Annual administration and progress report of the Indian Medical Department, Bombay
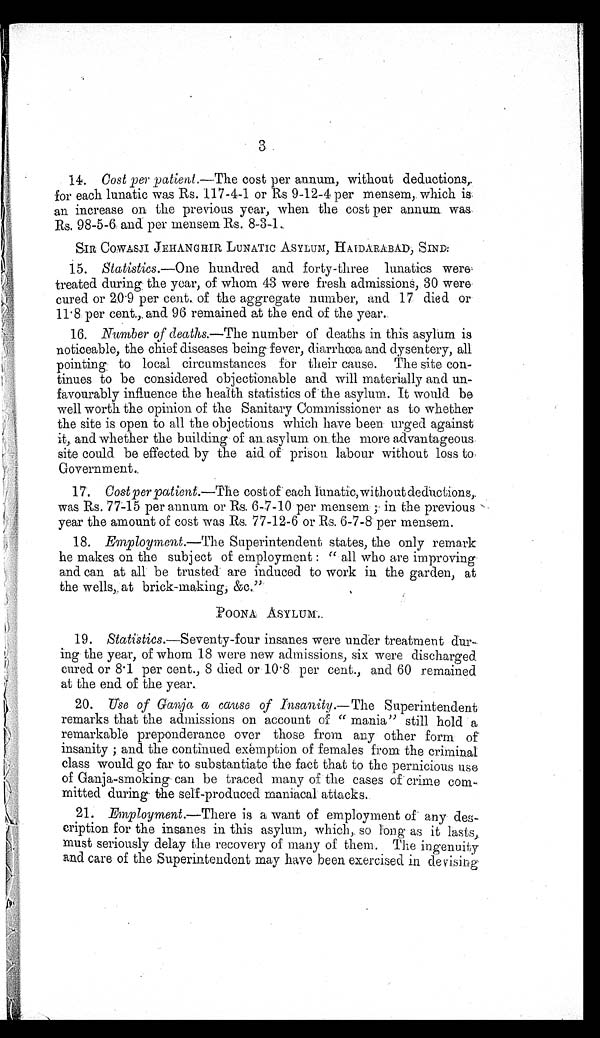
3
14. Cost per patient.—The cost per annum, without deductions,
for each lunatic was Rs. 117-4-1 or Rs 9-12-4 per mensem, which is
an increase on the previous year, when the cost per annum was
Rs. 98-5-6 and per mensem Rs. 8-3-1.
SIR COWASJI JEHANGHIR LUNATIC ASYLUM, HAIDARABAD, SIND:
15. Statistics.—One hundred and forty-three lunatics were
treated during the year, of whom 43 were fresh admissions, 30 were
cured or 20.9 per cent. of the aggregate number, and 17 died or
11.8 per cent, and 96 remained at the end of the year.
16. Number of deaths.—The number of deaths in this asylum is
noticeable, the chief diseases being fever, diarrhœa and dysentery, all
pointing to local circumstances for their cause. The site con
-tinues to be considered objectionable and will materially and un
- f a v o u r a b l y i n f l u e n c e t h e h e a l t h s t a t i s t i c s o f t h e a s y l u m . I t w o u l d b e
well worth the opinion of the Sanitary Commissioner as to whether
the site is open to all the objections which have been urged against
it, and whether the building of an asylum on the more advantageous
site could be effected by the aid of prison labour without loss to
Government.
17. Cost per patient.—The cost of each lunatic, without deductions,
was Rs. 77-15 per annum or Rs. 6-7-10 per mensem ; in the previous
year the amount of cost was Rs. 77-12-6 or Rs. 6-7-8 per mensem.
18. Employment.—The Superintendent states, the only remark
he makes on the subject of employment : " all who are improving
and can at all be trusted are induced to work in the garden, at
the wells, at brick-making, &c."
POONA ASYLUM.
19. St at i st i cs. —Seventy-four insanes were under treatment dur
- i n g t h e y e a r , o f w h o m 1 8 w e r e n e w a d m i s s i o n s , s i x w e r e d i s c h a r g e d
cured or 8.1 per cent., 8 died or 10.8 per cent., and 60 remained
at the end of the year.
20. Use of Ganja a cause of Insanity.— The Superintendent
remarks that the admissions on account of " mania" still hold a
remarkable preponderance over those from any other form of
insanity ; and the continued exemption of females from the criminal
class would go far to substantiate the fact that to the pernicious use
of Ganja-smoking can be traced many of the cases of crime com
-mitted during the self-produced maniacal attacks.
21. Employment.—There is a want of employment of any des
- c r i p t i o n f o r t h e i n s a n e s i n t h i s a s y l u m , w h i c h , s o l o n g a s i t l a s t s ,
must seriously delay the recovery of many of them. The ingenuity
and care of the Superintendent may have been exercised in devising